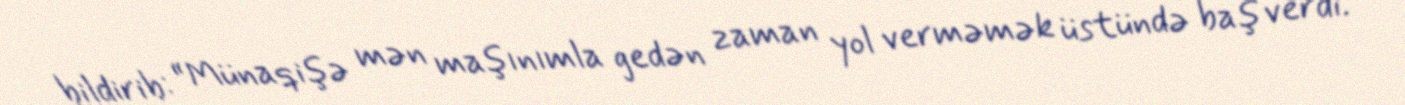
bildirib: “Münaqişə mən maşınımla gedən zaman yol verməmək üstündə baş verdi.